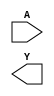
module sky130_fd_sc_ms__inv (
    //# {{data|Data Signals}}
    input  A,
    output Y
);

    // Voltage supply signals
    supply1 VPWR;
    supply0 VGND;
    supply1 VPB ;
    supply0 VNB ;

endmodule